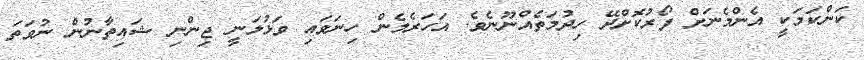
ކަންކަމަކީ އެންމެނަށް ފޯރުކޮށްދޭ ހިދުމަތެއްނޫނެވެ. އަހަރެމެން ހިނަވައި ވަޅުލަނީ ޖިންނި ޝައިތާނުން ނުވަތަ